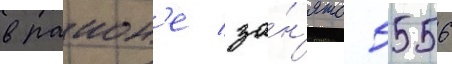
в раион'е за́н'ято 5556